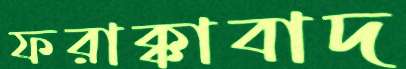
ফরাক্কাবাদ